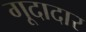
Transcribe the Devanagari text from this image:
गूदादार